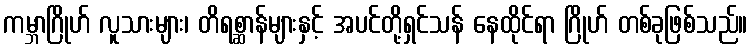
ကမ္ဘာဂြိုဟ် လူသားများ၊ တိရစ္ဆာန်များနှင့် အပင်တို့ရှင်သန် နေထိုင်ရာ ဂြိုဟ် တစ်ခုဖြစ်သည်။